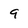
Character: 9